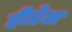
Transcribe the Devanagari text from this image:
हीडेल